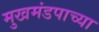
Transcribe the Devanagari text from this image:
मुखमंडपाच्या